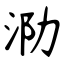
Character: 泐